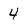
Character: 4